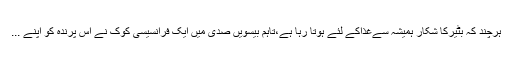
ہرچند کہ بٹیرکا شکار ہمیشہ سےغذاکے لئے ہوتا رہا ہے،تاہم بیسویں صدی میں ایک فرانسیسی کوک نے اس پرندہ کو اپنے ...